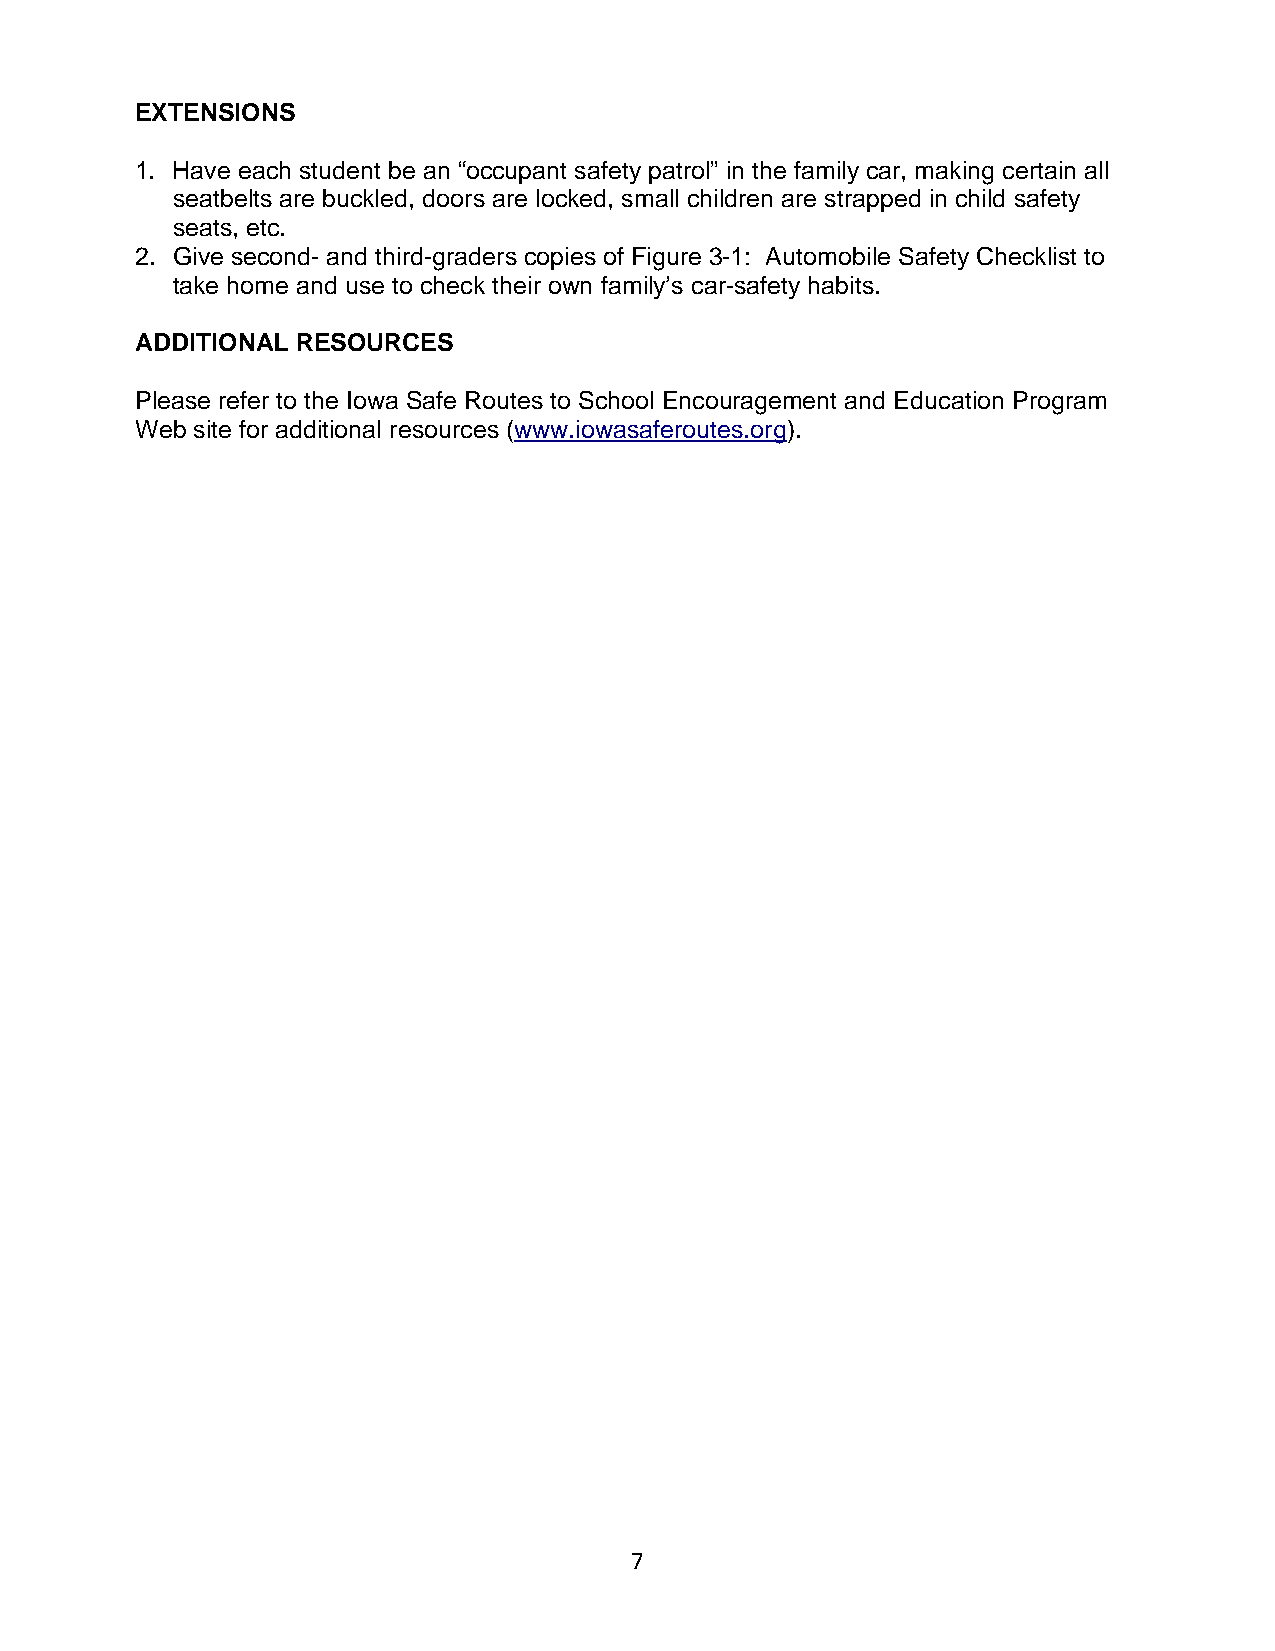
EXTENSIONS
 1. Have each student be an “occupant safety patrol” in the family car, making certain all
 seatbelts are buckled, doors are locked, small children are strapped in child safety
 seats, etc.
 2. Give second- and third-graders copies of Figure 3-1: Automobile Safety Checklist to
 take home and use to check their own family’s car-safety habits.
 ADDITIONAL RESOURCES
 Please refer to the Iowa Safe Routes to School Encouragement and Education Program
 Web site for additional resources (www.iowasaferoutes.org).
 7